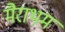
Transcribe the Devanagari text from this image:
मैराथम